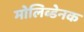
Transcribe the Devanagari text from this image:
मोलिब्डेनक